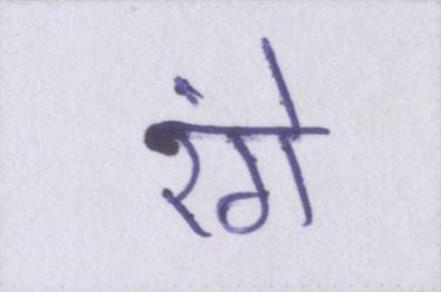
रंगे